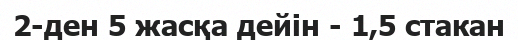
2-ден 5 жасқа дейін - 1,5 стакан